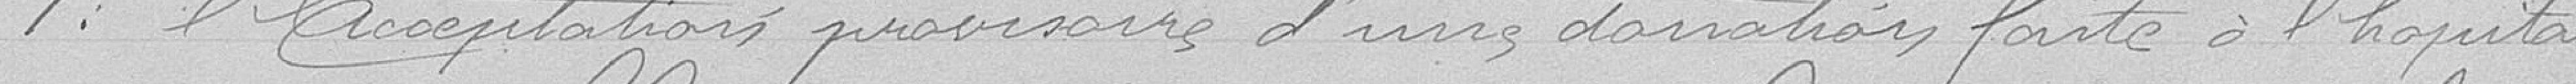
1° l'acceptation provisoire d'une donation faite à l'hôpital